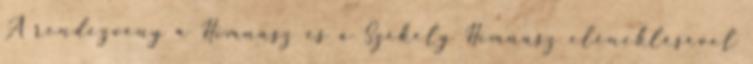
A rendezvény a Himnusz és a Székely Himnusz eléneklésével